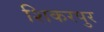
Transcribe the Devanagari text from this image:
शिकरपुर